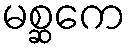
မစ္ဆကေ